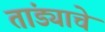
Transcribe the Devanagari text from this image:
तांड्याचे